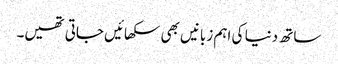
ساتھ دنیا کی اہم زبانیں بھی سکھائیں جاتی تھیں۔